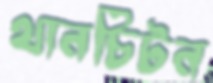
থানচিটন